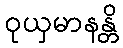
ဝုယှမာနန္တိ